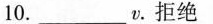
10._____v.拒绝